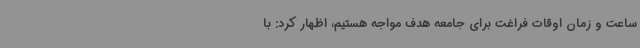
ساعت و زمان اوقات فراغت برای جامعه هدف مواجه هستیم، اظهار کرد: با